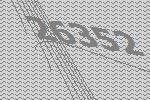
26352